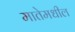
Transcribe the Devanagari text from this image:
मातेमधील